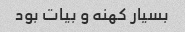
بسیار کهنه و بیات بود